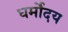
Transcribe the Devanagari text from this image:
धर्मोदय